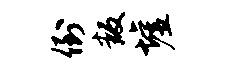
倒叛墟